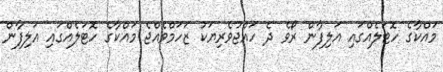
މައްކާގެ ހޮޓަލެއްގައި އަލިފާން ރޯވެ ދެ ހައްޖުވެރިޔަކު ޒަހަމްވެއްޖެ މައްކާގެ ހޮޓަލެއްގައި އަލިފާން